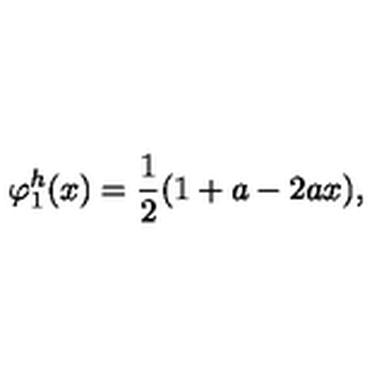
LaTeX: \varphi _ { 1 } ^ { h } ( x ) = { \frac { 1 } { 2 } } ( 1 + a - 2 a x ) ,